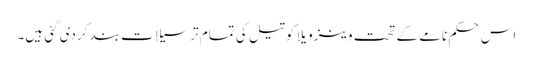
اس حکم نامے کے تحت وینزویلا کو تیل کی تمام ترسیلات بند کردی گئی ہیں۔